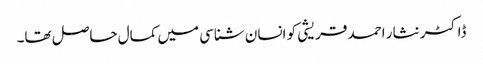
ڈاکٹر نثار احمد قریشی کو انسان شناسی میں کمال حاصل تھا۔